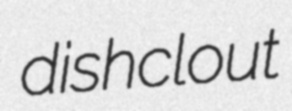
dishclout